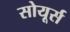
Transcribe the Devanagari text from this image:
सोयूर्स